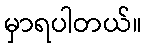
မှာရပါတယ်။